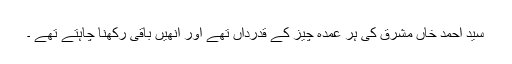
سید احمد خاں مشرق کی ہر عمدہ چیز کے قدرداں تھے اور انھیں باقی رکھنا چاہتے تھے ۔